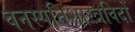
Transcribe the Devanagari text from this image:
वनस्पतिशास्त्रविदों